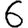
Digit: 6